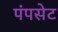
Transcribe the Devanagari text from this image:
पंपसेट